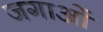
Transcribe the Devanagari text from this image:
जगाओं